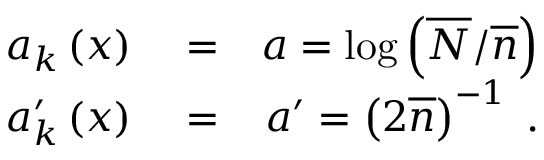
\begin{array} { r l r } { a _ { k } \left( x \right) } & { { } = } & { a = \log \left( \overline { { N } } / \overline { { n } } \right) } \\ { a _ { k } ^ { \prime } \left( x \right) } & { { } = } & { a ^ { \prime } = \left( 2 \overline { { n } } \right) ^ { - 1 } \; . } \end{array}